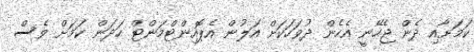
ކަމަށާއި ދެން ޖެހޭނީ އެހެން ދުވަހަކަށް އަލުން އެޕޮއިންޓްމަންޓް ހަދަން ކަމަށް ވެސް